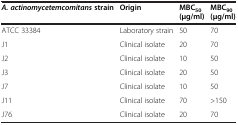
| A. actinomycetemcomitansstrain | Origin | MBC50(μg/ml) | MBC90(μg/ml) |
 | --- | --- | --- | --- |
 | ATCC 33384 | Laboratory strain | 50 | 70 |
 | J1 | Clinical isolate | 20 | 70 |
 | J2 | Clinical isolate | 10 | 50 |
 | J3 | Clinical isolate | 20 | 50 |
 | J7 | Clinical isolate | 10 | 50 |
 | J11 | Clinical isolate | 70 | >150 |
 | J76 | Clinical isolate | 20 | 70 |